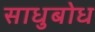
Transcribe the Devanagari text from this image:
साधुबोध